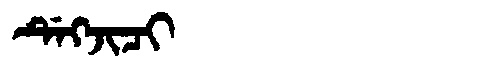
Manchu: ᡩᡝᡴᠵᡳᠴᡳ
Romanization: DEKJICI